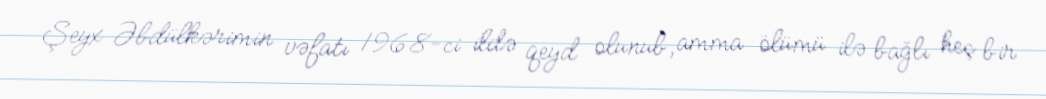
Şeyx Əbdülkərimin vəfatı 1968-ci ildə qeyd olunub, amma ölümü ilə bağlı heç bir